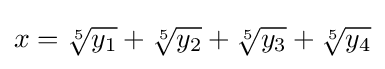
x={\sqrt[{5}]{y_{1}}}+{\sqrt[{5}]{y_{2}}}+{\sqrt[{5}]{y_{3}}}+{\sqrt[{5}]{y_{4}}}